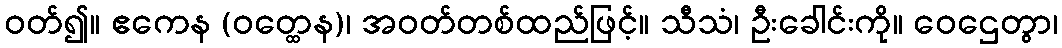
ဝတ်၍။ ဧကေန (ဝတ္ထေန)၊ အဝတ်တစ်ထည်ဖြင့်။ သီသံ၊ ဦးခေါင်းကို။ ဝေဌေတွာ၊